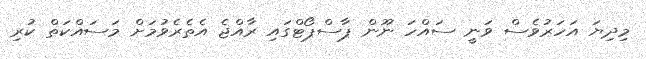
މިދިޔަ އަހަރުވެސް ވަނީ ސައްހަ ނޫން ޕާސްޕޯޓްގައި ރާއްޖެ އެތެރެވުމަށް މަސައްކަތް ކުރި